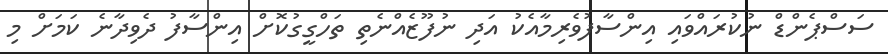
ސަސްޕެންޑް ނުކުރައްވައި އިންސާފުވެރިމާއެކު އަދި ނުފޫޒެއްނެތި ތަހްގީގުކޮށް އިންސާފު ދެވިދާނެ ކަމަށް މި